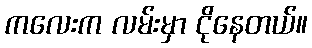
ကလေးက လမ်းမှာ ငိုနေတယ်။